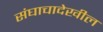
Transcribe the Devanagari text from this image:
संघाचादेखील